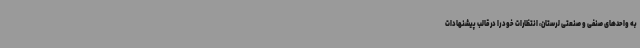
به واحدهای صنفی و صنعتی لرستان، انتظارات خود را در ‌قالب پیشنهادات